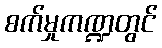
စက်မှုကဏ္ဍတွင်